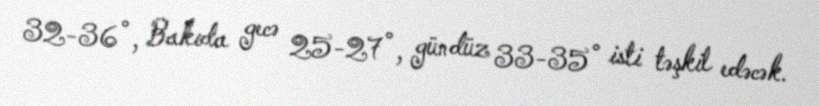
32-36°, Bakıda gecə 25-27°, gündüz 33-35° isti təşkil edəcək.